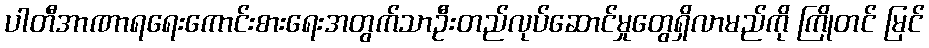
ပါတီအာဏာရရေးကောင်းစားရေးအတွက်သာဦးတည်လုပ်ဆောင်မှုတွေရှိလာမည်ကို ကြိုတင် မြင်